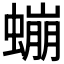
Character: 𲀃